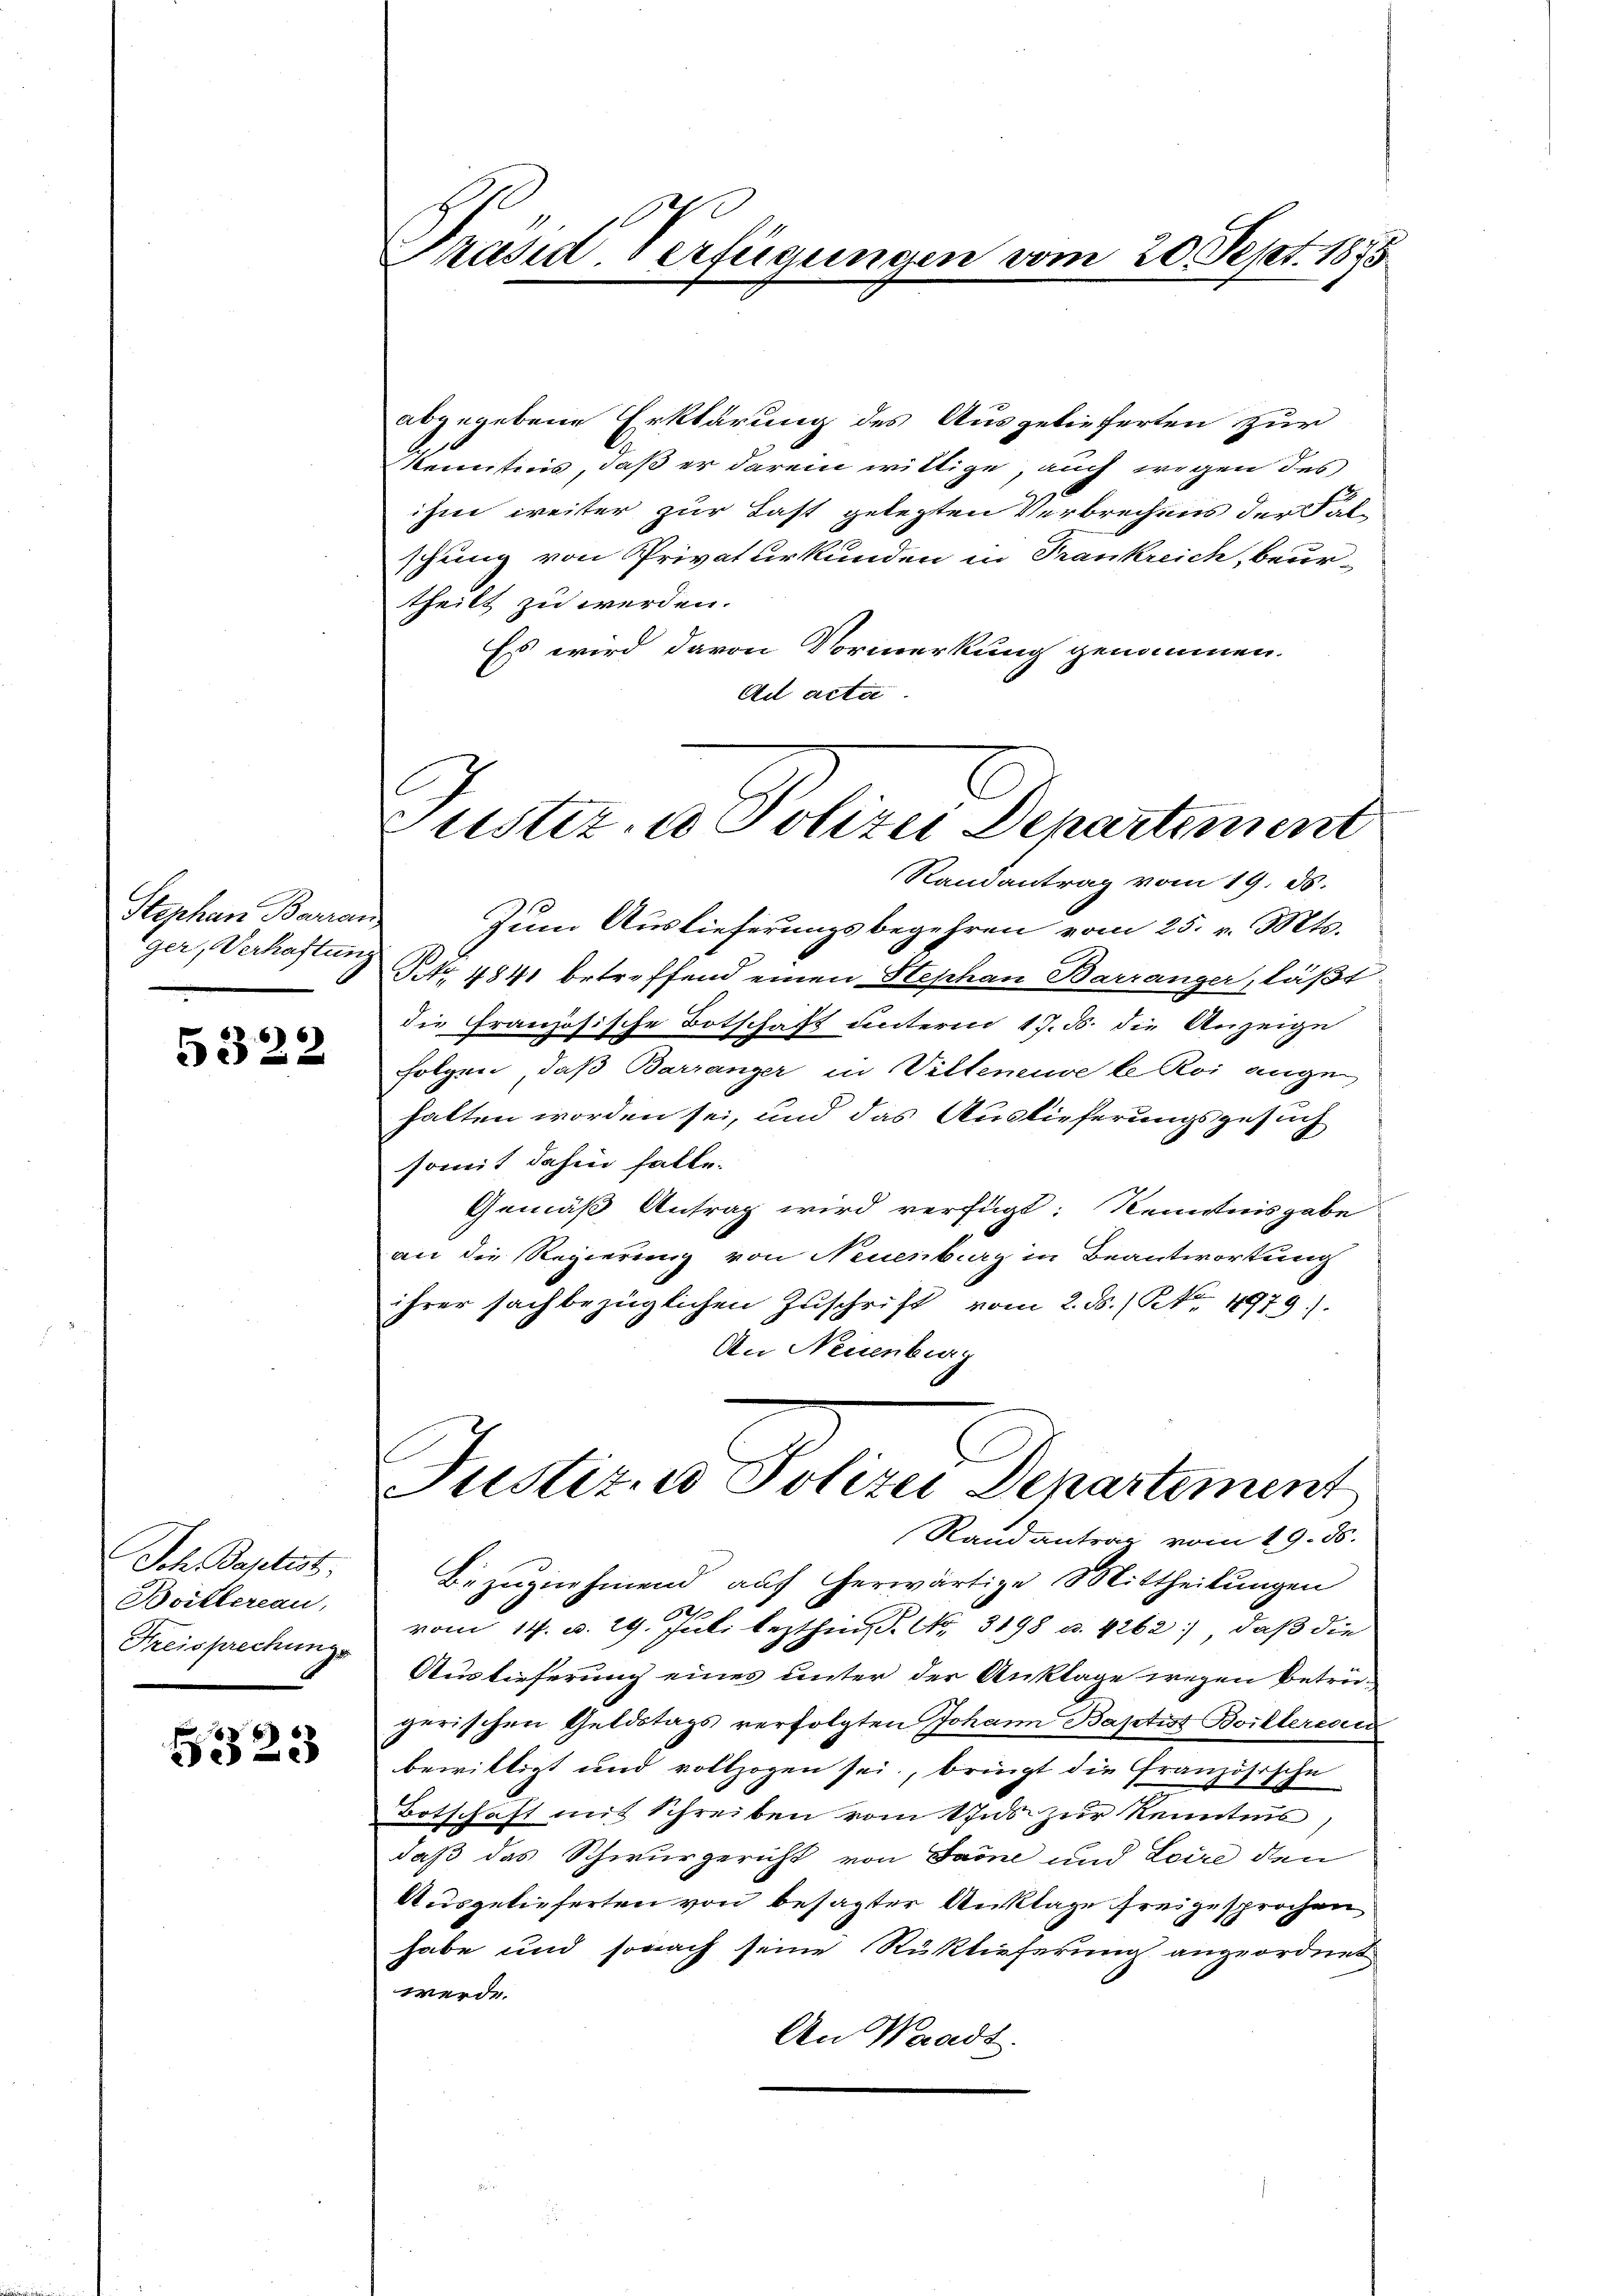
Stephan Barran,
ger, Verhaftung

5322

Sch. Baptist,
Boitlereau,
Kreisprechungs

6323

Prasil. Verfügungen vom 20. Sept. 1815

abgegebene Erklärung des Ausgelieferten zur
Kenntnis, daß er darein willige, auch wegen des
ihm weiter zur Last gelegten Verbrechens der Falschung von Privaturkunden in Frankreich, beur-
theilt zu werden.
Es wird davon Vormerkung genommen.
Ad acta
ustiz- u Polizei Departement

Randantrag vom 19. ds.

Zum Auslieferungsbegehren vom 25. v. Mts.
No 4841 betreffend einen Stephan Barranger, läßt.
die französische Botschaft unterm 17. ds. die Anzeige
Folgen, daß Barranger in Vilteneuve le Roi ange
halten worden sei, und das Auslieferungsgesuch
somit dahin falle.
Gemäß Antrag wird verfügt: Kenntnisgabe
an die Regierung von Neuenburg in Beantwortung
ihrer sachbezüglichen Zuschrift vom 2. ds. / No 4979).
An Neuenburg
Bezugnehmend auf herwärtige Mittheilungen
vom 14. d. 19. Juli lezthin. Nr. 3198 u. 4262), daß die
Auslieferung eines unter der Anklage wegen Betre-
gerischen Geldstags verfolgten Johann Baptist Boiltereau
bewilligt und vollzogen sei, bringt die Französische
Botschaft mit Schreiben vom Uns zur Kenntnis
daß das Schwurgericht von Saine und Loire den
Ausgelieferten von besagter Anklage freigesprochen
habe und sonach seine Rüktieferung angeordnet
werde.
An Waadt.

Justiz- u Polizei Departement
Randantrag vom 19. ds.